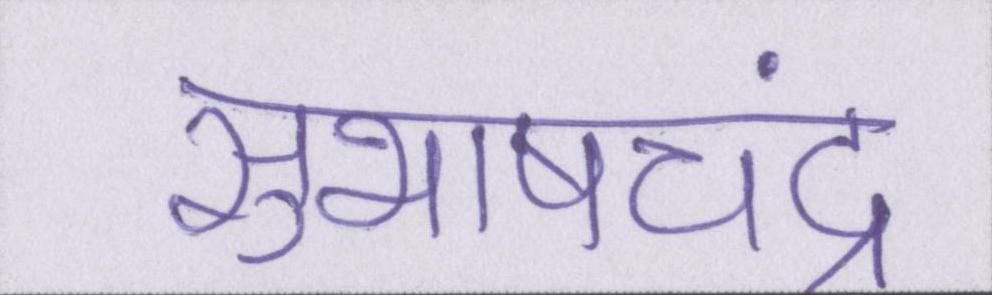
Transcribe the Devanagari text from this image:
सुभाषचंद्र